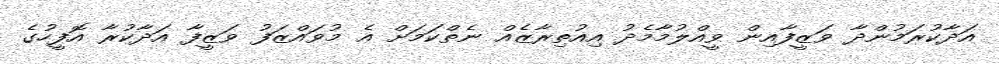
އަދާކުރަމުންދާ ވަޒީފާއިން ވީއްލުމާމެދު އިއުތިރާޒެއް ނެތްކަމަށް އެ މުވައްޒަފު ވަޒީފާ އަދާކުރާ އޮފީހުގެ